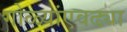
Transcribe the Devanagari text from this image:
गोळ्यांएवढ्या